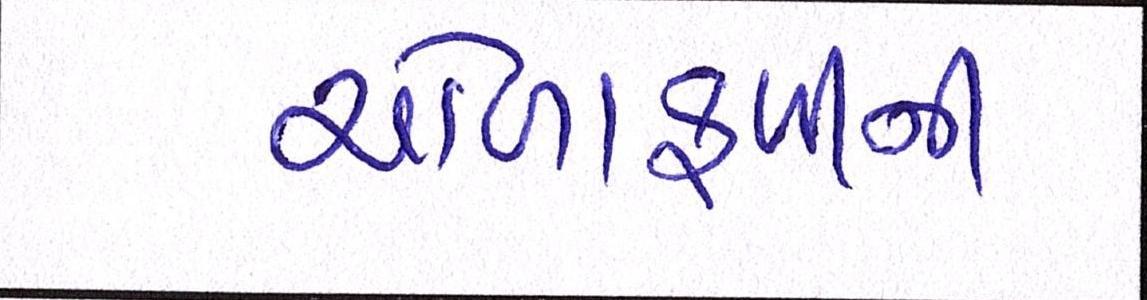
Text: ચોળાફળીની